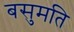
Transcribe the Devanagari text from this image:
बसुमति